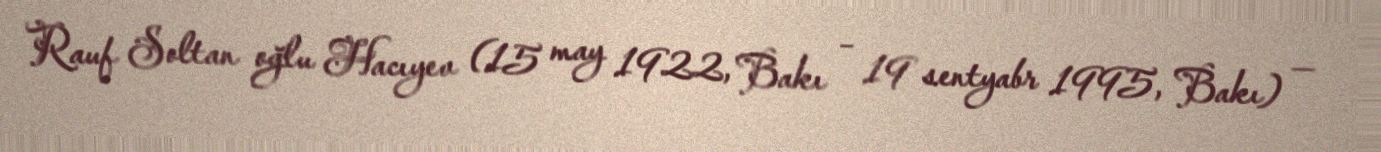
Rauf Soltan oğlu Hacıyev (15 may 1922, Bakı – 19 sentyabr 1995, Bakı) —